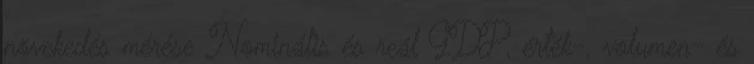
növekedés mérése Nominális és reál GDP, érték-, volumen- és